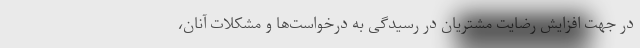
در جهت افزایش رضایت مشتریان در رسیدگی به درخواست‌ها و مشکلات آنان،